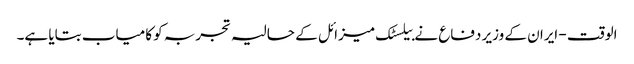
الوقت - ایران کے وزیر دفاع نے بیلسٹک میزائل کے حالیہ تجربہ کو کامیاب بتایا ہے۔